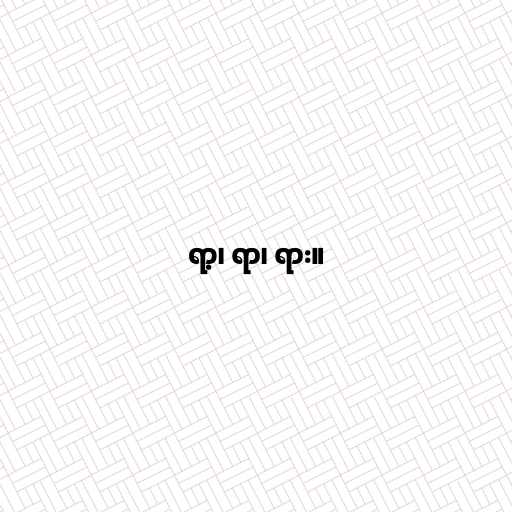
ရာ့၊ ရာ၊ ရား။